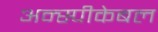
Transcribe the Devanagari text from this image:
अन्स्पीकेबल